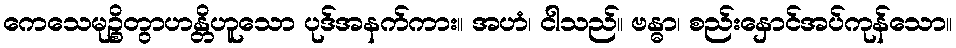
ကေသေမုဉ္စိတွာဟန္တိဟူသော ပုဒ်အနက်ကား။ အဟံ၊ ငါသည်။ ဗန္ဓာ၊ စည်းနှောင်အပ်ကုန်သော။